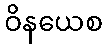
ဝိနယေစ